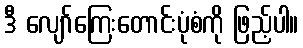
ဒီ လျော်ကြေးတောင်းပုံစံကို ဖြည့်ပါ။